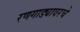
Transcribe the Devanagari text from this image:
रणगाड्यावरचे